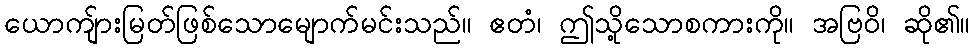
ယောကျ်ားမြတ်ဖြစ်သောမျောက်မင်းသည်။ ဧတံ၊ ဤသို့သောစကားကို။ အဗြဝိ၊ ဆို၏။